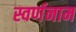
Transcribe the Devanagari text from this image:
स्वर्णनाम